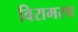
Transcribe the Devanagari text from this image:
विरामस्थ